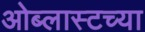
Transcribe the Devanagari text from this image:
ओब्लास्टच्या